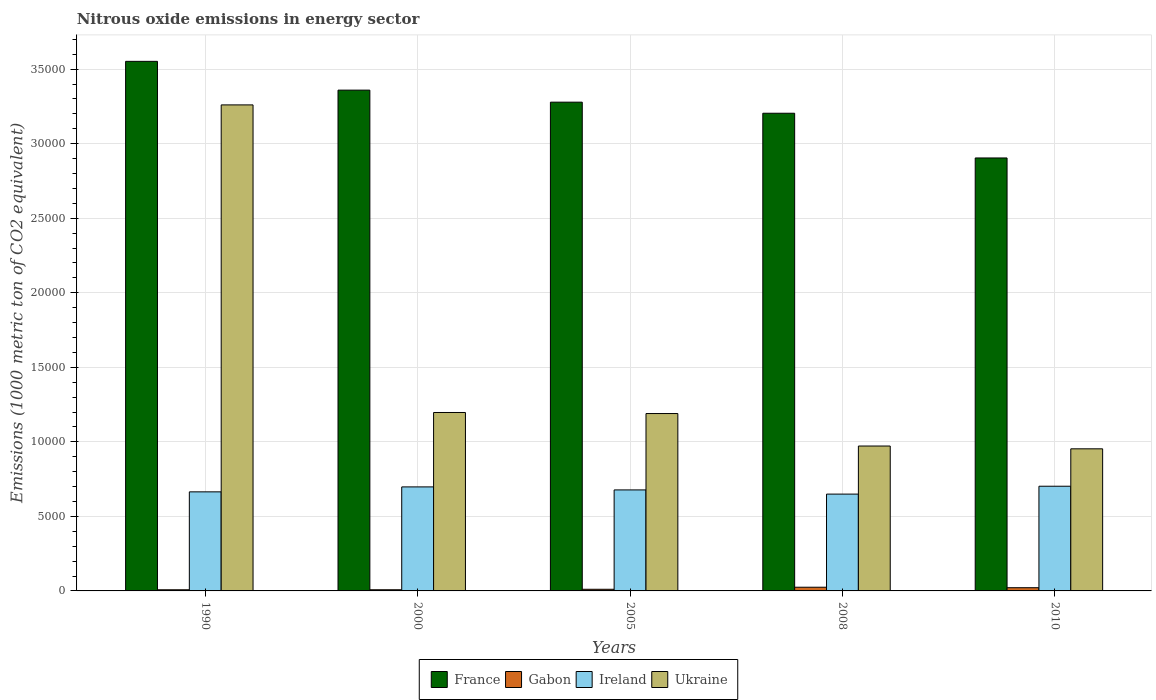
| Years | France | Gabon | Ireland | Ukraine |
 | --- | --- | --- | --- | --- |
 | 1990 | 3.55e+04 | 77.4 | 6.64e+03 | 3.26e+04 |
 | 2000 | 3.36e+04 | 78.3 | 6.98e+03 | 1.2e+04 |
 | 2005 | 3.28e+04 | 111 | 6.77e+03 | 1.19e+04 |
 | 2008 | 3.2e+04 | 248 | 6.49e+03 | 9.72e+03 |
 | 2010 | 2.9e+04 | 215 | 7.02e+03 | 9.53e+03 |